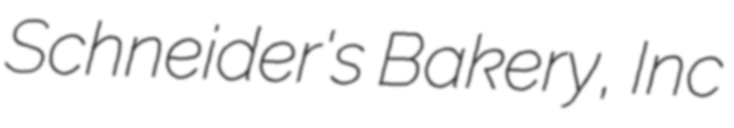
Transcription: Schneider's Bakery, Inc